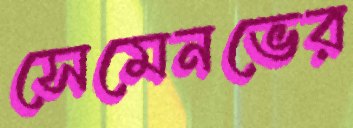
সেমেনভের